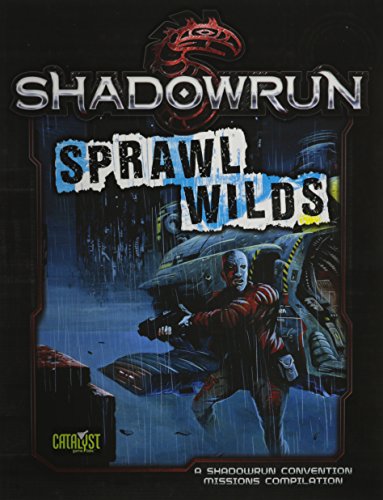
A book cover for Shadowrun Sprawl Wilds; Science Fiction & Fantasy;